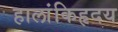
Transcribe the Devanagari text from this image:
हालांकिहृदय